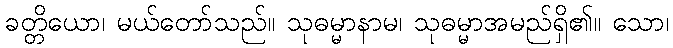
ခတ္တိယော၊ မယ်တော်သည်။ သုဓမ္မာနာမ၊ သုဓမ္မာအမည်ရှိ၏။ သော၊